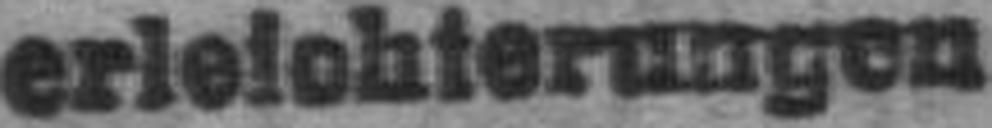
erleichterungen